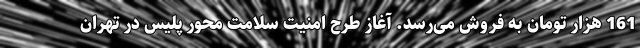
161 هزار تومان به فروش می‌رسد. آغاز طرح امنیت سلامت محور پلیس در تهران